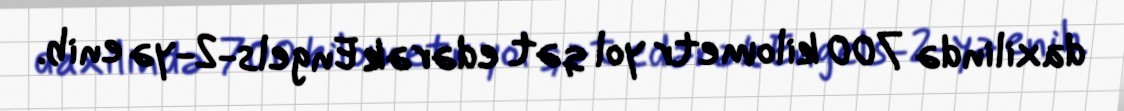
daxilində 700 kilometr yol qət edərək Engels-2-yə enib.